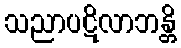
သညာပဋိလာဘန္တိ